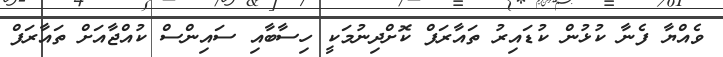
ވެއްޔާ ފެނާ ކުޅުން ކުޑައިރު ތައާރަފް ކޮށްދިނުމަކީ ހިސާބާއި ސައިންސް ކުއްޖާއަށް ތައާރަފް